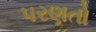
પરણતો